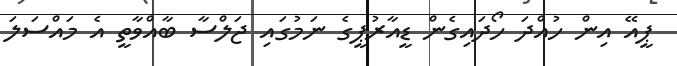
ޕީއޭ އިން ހުއްދަ ހޯދައިގެން ޑީއާރުޕީގެ ނަމުގައި ޖަލްސާ ބާއްވާތީ އެ މައްސަލަ